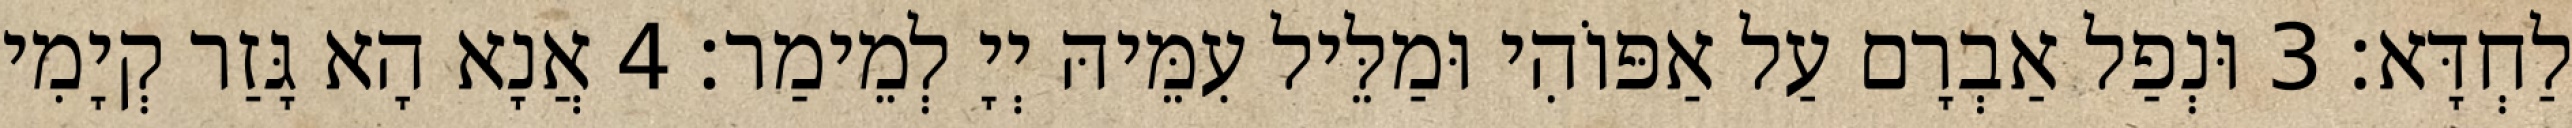
לַחְדָּא׃ 3 וּנְפַל אַבְרָם עַל אַפּוֹהִי וּמַלֵּיל עִמֵּיהּ יְיָ לְמֵימַר׃ 4 אֲנָא הָא גָּזַר קְיָמִי